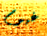
غيوم